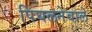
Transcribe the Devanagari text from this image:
पिघलनेवाले